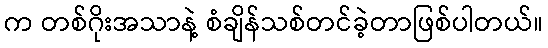
က တစ်ဂိုးအသာနဲ့ စံချိန်သစ်တင်ခဲ့တာဖြစ်ပါတယ်။